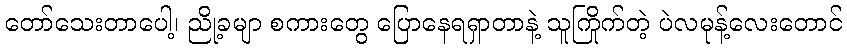
တော်သေးတာပေါ့၊ ညို့ခမျာ စကားတွေ ပြောနေရရှာတာနဲ့ သူကြိုက်တဲ့ ပဲလမုန့်လေးတောင်